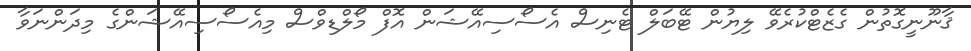
ޤާނޫނީގޮތުން ގެޒެޓްކުރެވޭ ލިޔުން ޓޭބަލް ޓެނިސް އެސޯސިއޭޝަން އޮފް މޯލްޑިވްސް މިއެސޯސިއޭޝަންގެ މިދަންނަވާ